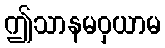
ဤသာနမဝှယာမ